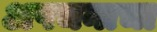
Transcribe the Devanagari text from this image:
अपचनाचा